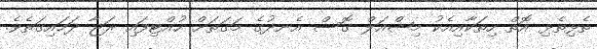
ތެޅިތެޅި އޮތް ހިތަކާއިއެކު މިޝްއަލް ގޮސް އެނދުގެ މަގަތަށް ހުއްޓިފައި ރަޖާ ދަމައިގަތެވެ.